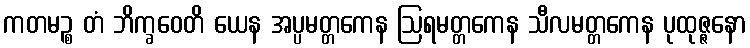
ကတမဉ္စ တံ ဘိက္ခဝေတိ ယေန အပ္ပမတ္တကေန ဩရမတ္တကေန သီလမတ္တကေန ပုထုဇ္ဇနော